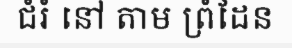
ជំរំ នៅ តាម ព្រំដែន